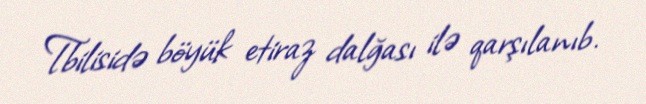
Tbilisidə böyük etiraz dalğası ilə qarşılanıb.